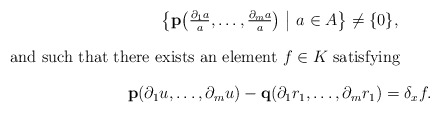
\begin{gather*} \bigl\{\mathbf{p}\bigl(\tfrac{\partial_1a}{a},\dots,\tfrac{\partial_ma}{a}\bigr) \ \big| \ a\in A\bigr\} \neq \{0\},\intertext{and such that there exists an element $f\in K$ satisfying} \mathbf{p}(\partial_1u,\dots,\partial_mu)-\mathbf{q}(\partial_1r_1,\dots,\partial_mr_1)=\delta_xf.\end{gather*}